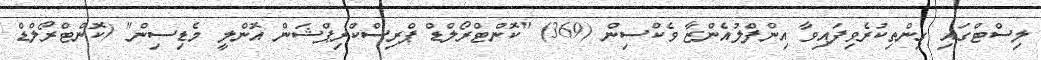
ލިސްޓްގައި ގިންތިކުރެވިފައިވާ އިންފްލުއެންޒާ ވެކްސިން (369) "ކޮންޓްރޯލްޑް ޕްރިސްކްރިޕްޝަން އޮންލީ މެޑިސިން" (ކޮންޓްރޯލްޑް